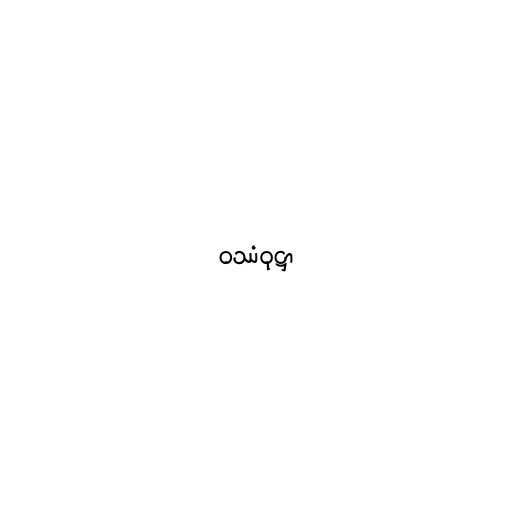
ဝဿံဝုဋ္ဌာ